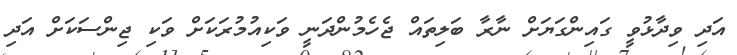
އަދި ވިދާޅުވީ ގައިންގަޔަށް ނާރާ ބަލިތައް ޖެހެމުންދަނީ ވަކިއުމުރަކަށް ވަކި ޖިންސަކަށް އަދި